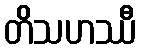
တိသဟဿီ